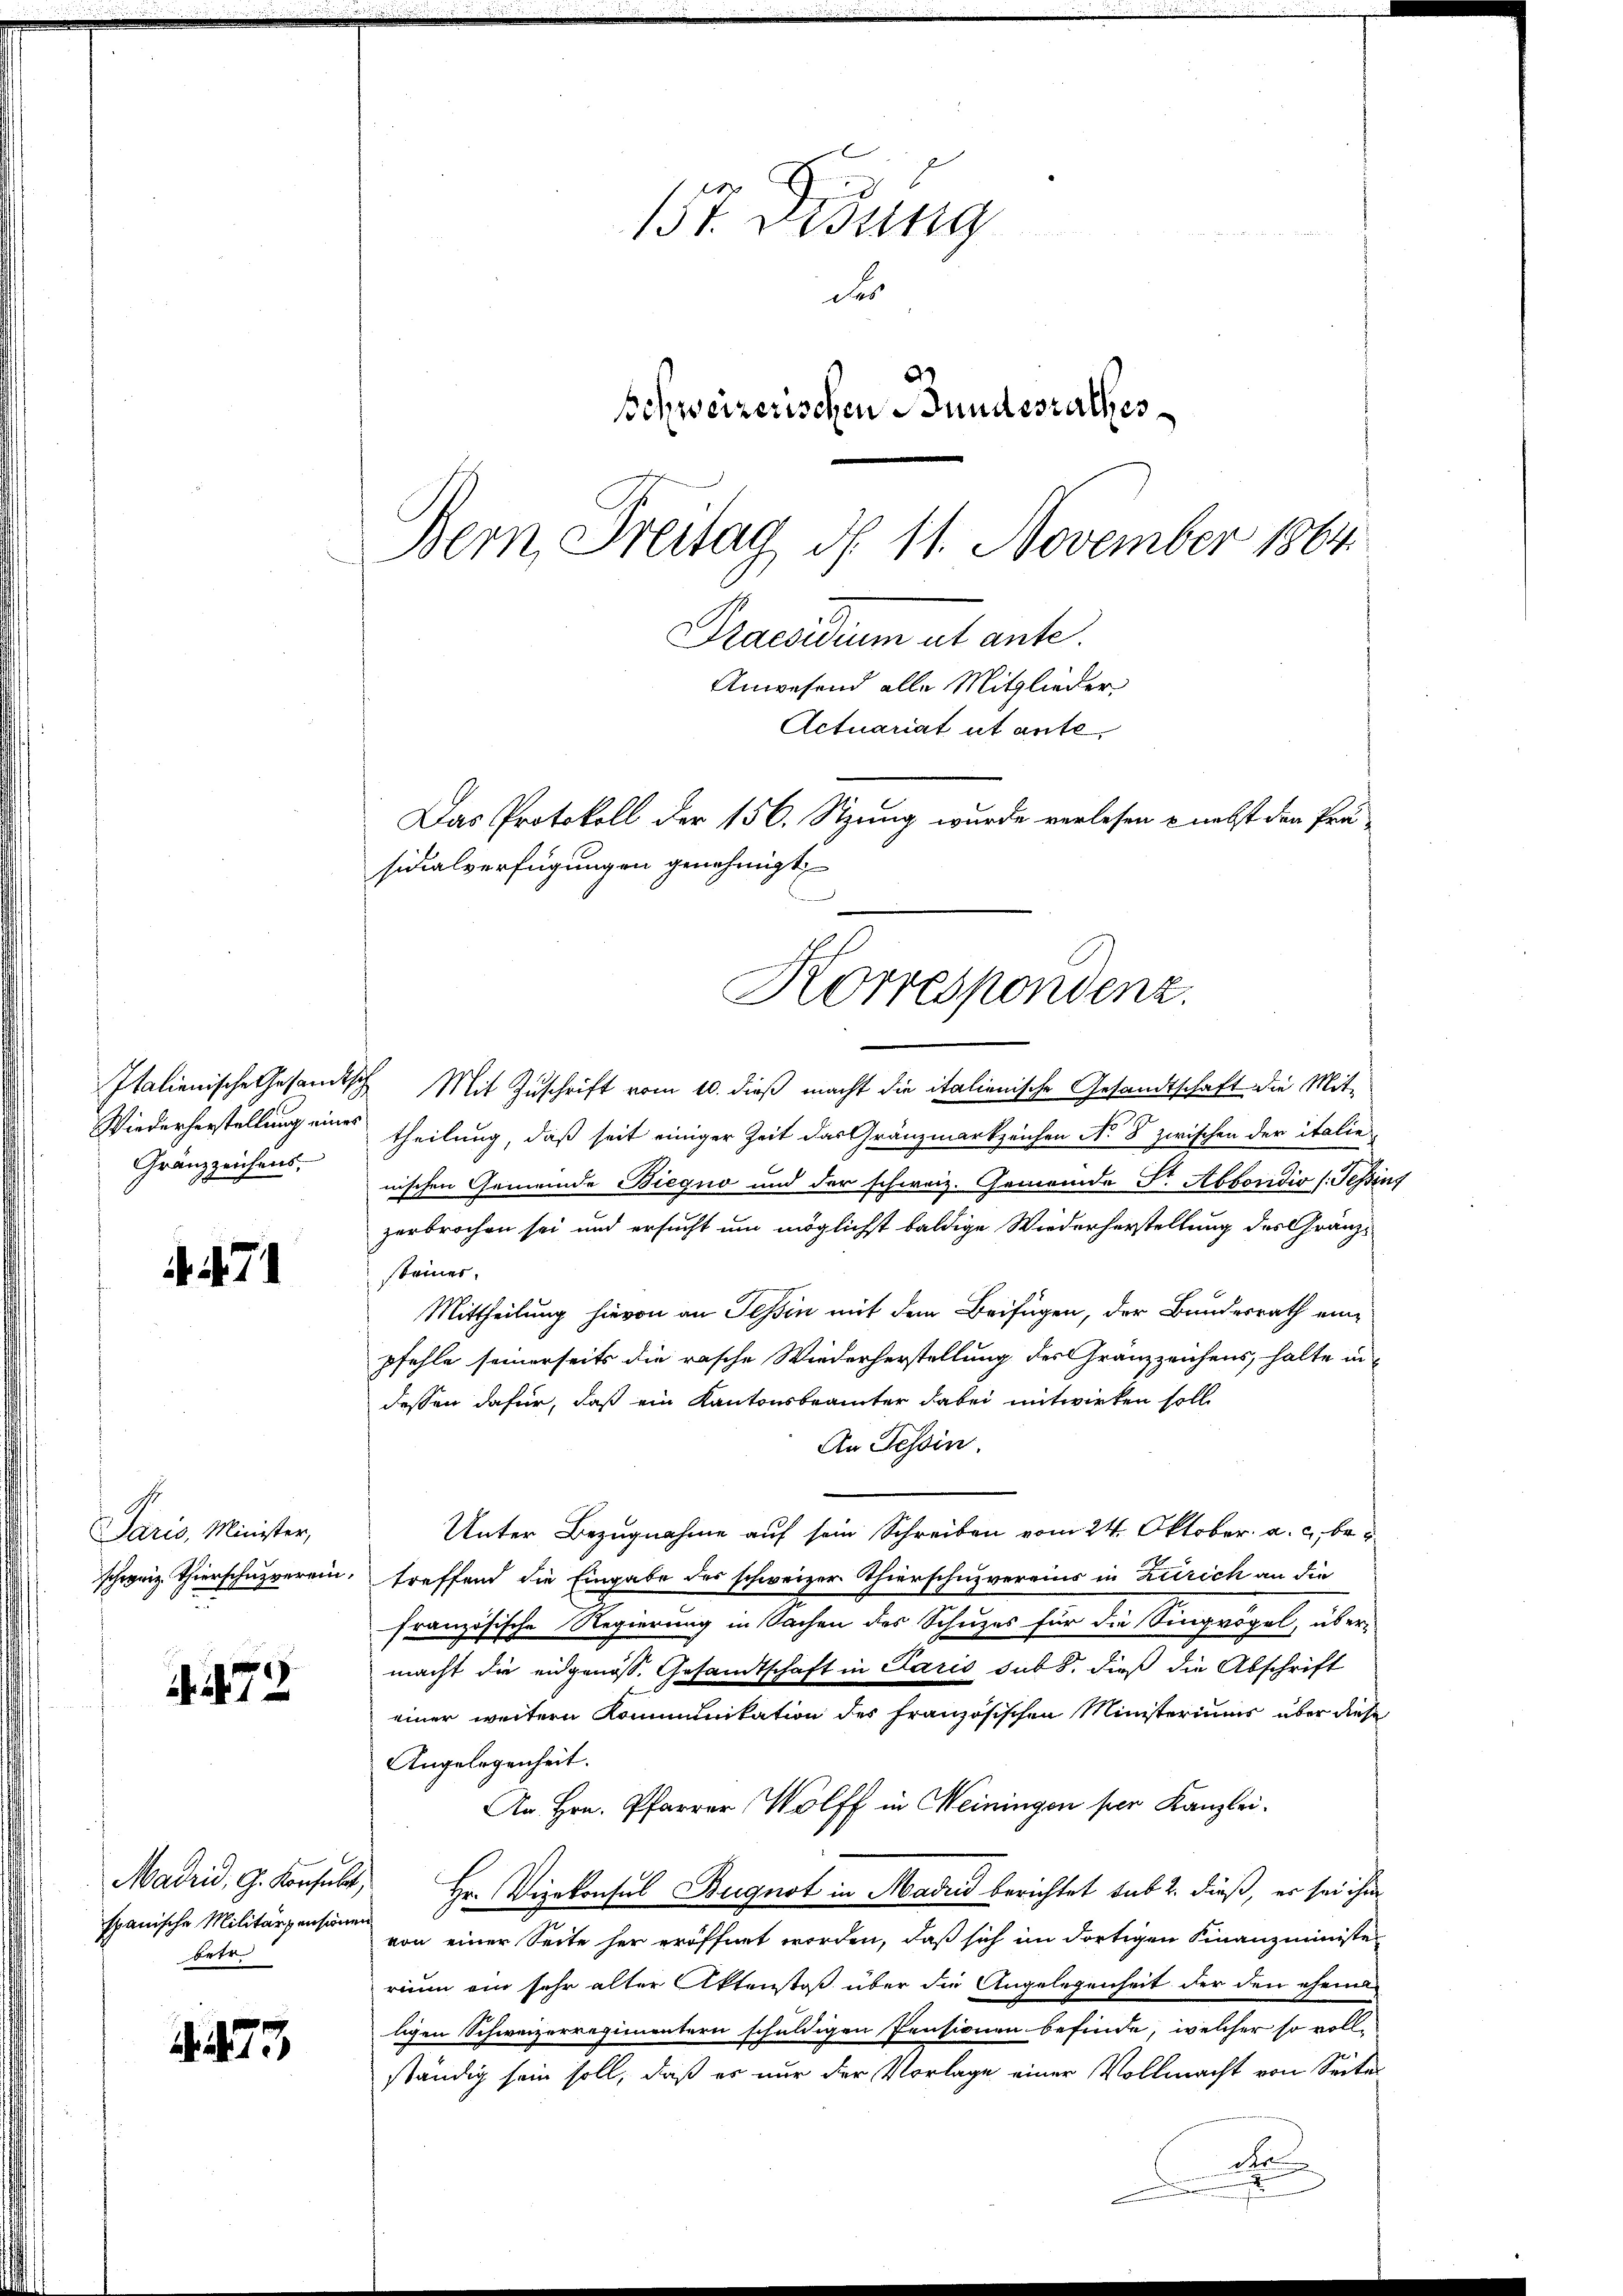
Wiederherstellung eines
Gränzzeichens,

471

Paris, Minister,
schweiz. Thierschulverein,

473

Madrid, G. Konsult
spanische Militärpensionen
betr.

73

157. Didung
du
Schweizerischen Bundesrathes
Bern, Freitag d. 11. November 1864
Praesidium ut ante.
Anwesend alle Mitglieder
Actuariat ut ante¬
Das Protokoll der 156. Stzung wurde verlesen & nebst den Präsicialverfügungen genehmigt

Italienische Gesandtsch Mit Zuschrift vom 10. dieß macht die italienische Gesandtschaft die Mit-
theilung, daß seit einiger Zeit das Gränzmarkzeichen No 8 zwischen der italienischen Gemeinde Biegno und der schweiz. Gemeinde St. Abboridio (Tessint
zerbrochen sei und ersucht um möglichst baldige Wiederherstellung des Gränzsteiner
Mittheilung hievon an Tessin mit dem Beifügen, der Bundesrath eine
pfehle seinerseits die rasche Wiederherstellung des Gränzzeichens, halte in-
dessen dafür, daß ein Kantonsbeamter dabei mitwirken solle
An Tessin.
Unter Bezugnahme auf sein Schreiben vom 24. Oktober. a. c. beg
treffend die Eingabe des schweizer Thierschuzvereins in Zürich an die
französische Regierung in Sachen der Schuzes für die Singrögel, übermacht die eidgenöss. Gesandtschaft in Paris sub 8. dieß die Abschrift
einer weitern Kommunikation des französischen Ministeriums über diese
Angelegenheit.
An Hrn. Pfarrer Wolff in Meiningen per Kanzlei.
Hr. Vizekonsul Bugnot in Madrid berichtet sub 2. dieß, er sei ihm
von einer Seite her eröffnet worden, daß sich im dortigen Finanzministe
rium ein sehr alter Aktenstoß über die Angelegenheit der den ehema
ligen Schweizerregimentern schuldigen Pensionen befinde, welcher so voll-
ständig sein soll, daß es nur der Vorlage einer Vollmacht von Seite
de

Korrespondenz.